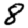
Digit: 8